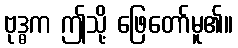
ဗုဒ္ဓက ဤသို့ ဖြေတော်မူ၏။